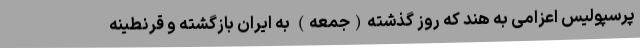
پرسپولیس اعزامی به هند که روز گذشته(جمعه) به ایران بازگشته و قرنطینه